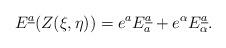
LaTeX: \begin{align*}E^{\underline{a}}(Z(\xi,\eta))=e^aE_a^{\underline{a}}+e^\alpha E_\alpha^{\underline{a}}.\end{align*}